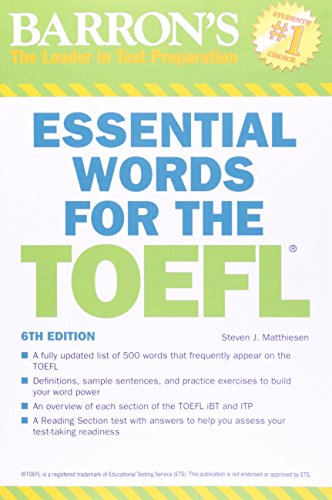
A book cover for Essential Words for the TOEFL, 6th Edition; Steven J. Matthiesen; Test Preparation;